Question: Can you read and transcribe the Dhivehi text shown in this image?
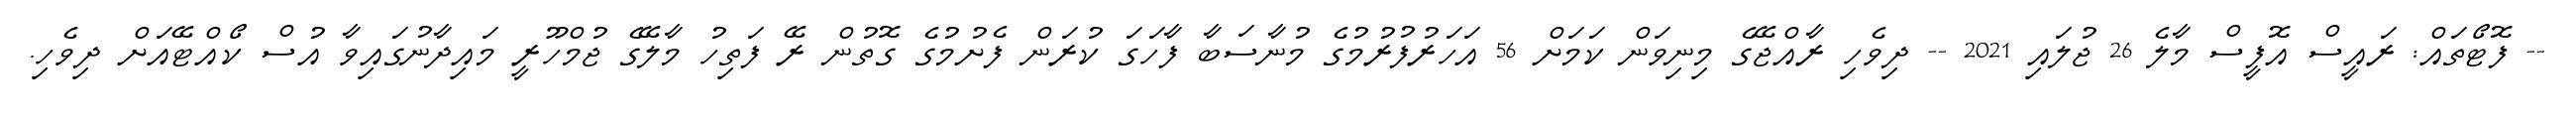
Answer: -- ފޮޓޯތައް: ރައީސް އޮފީސް މާލެ 26 ޖުލައި 2021 -- ދިވެހި ރާއްޖޭގެ މިނިވަން ކަމަށް 56 އަހަރުފުރުމުގެ މުނާސަބާ ފާހަގަ ކުރަން ފެށުމުގެ ގޮތުން ރޭ ފަތިހު މާލޭގެ ޖުމްހޫރީ މައިދާނުގައިވާ އުސް ކޯއްޓޭއަށް ދިވެހި.